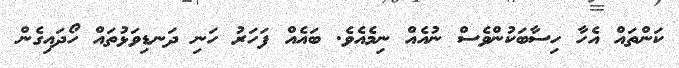
ކަންތައް އެހާ ހިސާބަކުންވެސް ނުއެއް ނިމެއެވެ. ބައެއް ފަހަރު ހަނި ދަނޑިވަޅުތައް ހޯދައިގެން